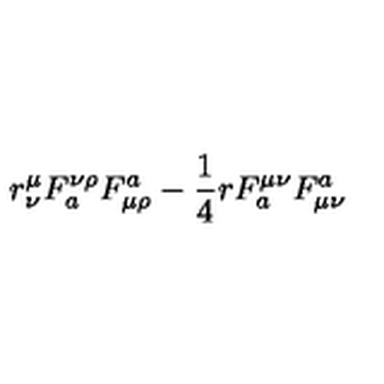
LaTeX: r _ { \nu } ^ { \mu } F _ { a } ^ { \nu \rho } F _ { \mu \rho } ^ { a } - { \frac { 1 } { 4 } } r F _ { a } ^ { \mu \nu } F _ { \mu \nu } ^ { a }